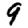
Digit: 9